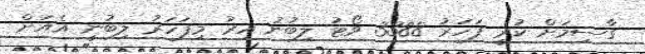
ގާސިމަށް ކުރީ ފަހަރު 3388 ވޯޓު ލިބުނު އިރު މިފަހަރު ލިބުނީ އެއަށް